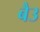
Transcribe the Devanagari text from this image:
बैउ